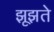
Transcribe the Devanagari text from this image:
झूझते